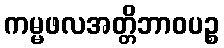
ကမ္မဖလအတ္တိဘာဝပဉ္စ